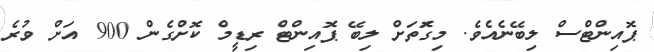
ޕޮއިންޓްސް ލިބޭނެއެވެ. މިގޮަތަށް ލިބޭ ޕޮއިންޓް ރިޑީމް ކޮށްގެން 900 އަށް ވުރެ